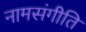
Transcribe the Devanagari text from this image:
नामसंगीति